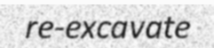
re-excavate